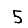
Digit: 5